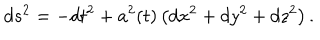
LaTeX: d s ^ { 2 } = - d t ^ { 2 } + a ^ { 2 } ( t ) \left( d x ^ { 2 } + d y ^ { 2 } + d z ^ { 2 } \right) .